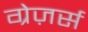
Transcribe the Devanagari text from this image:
ग्रेज़र्स